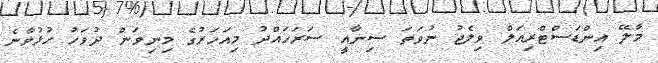
މާލޭ އިންޑަސްޓްރިއަލް ވިލެޖު ނުވަތަ ސިނާއީ ސަރަހައްދު މިއަހަރުގެ މިނިވަން ދުވަހު ހުޅުވާނެ